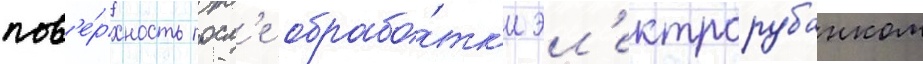
пов'е́рхность посл'е обрабо́тк'и эл'ектрорубанком